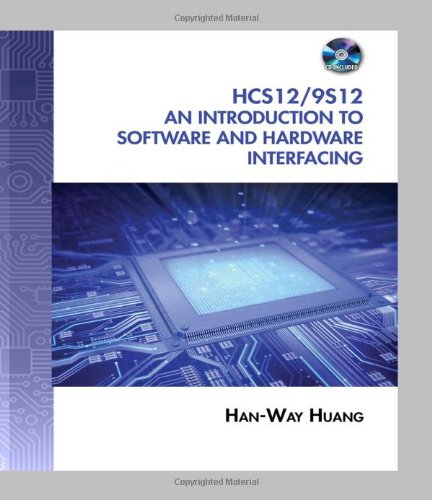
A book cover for The HCS12 / 9S12: An Introduction to Software and Hardware Interfacing; Han-Way Huang; Computers & Technology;